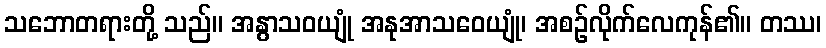
သဘောတရားတို့ သည်။ အနွာသဝယျုံ အနုအာသဝေယျုံ၊ အစဉ်လိုက်လေကုန်၏။ တဿ၊